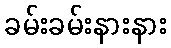
ခမ်းခမ်းနားနား